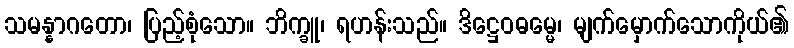
သမန္နာဂတော၊ ပြည့်စုံသော။ ဘိက္ခူ၊ ရဟန်းသည်။ ဒိဋ္ဌေဝဓမ္မေ၊ မျက်မှောက်သောကိုယ်၏